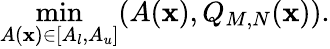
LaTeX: \operatorname*{min}_{A(\mathbf{x})\in[A_{l},A_{u}]}(A(\mathbf{x}),Q_{M,N}(\mathbf{x})).